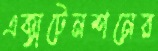
এক্সটেনশনের